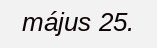
május 25.